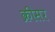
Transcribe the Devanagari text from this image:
क्रीसर